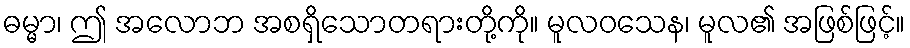
ဓမ္မာ၊ ဤ အလောဘ အစရှိသောတရားတို့ကို။ မူလဝသေန၊ မူလ၏ အဖြစ်ဖြင့်။